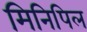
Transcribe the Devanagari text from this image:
मिनिपिल